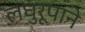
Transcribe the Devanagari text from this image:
लघुरूपाने